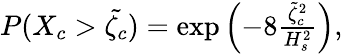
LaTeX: \begin{array}{r}{P(X_{c}>\tilde{\zeta_{c}})=\exp\left(-8\frac{\tilde{\zeta}_{c}^{2}}{H_{s}^{2}}\right),}\end{array}